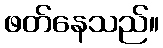
ဖတ်နေသည်။